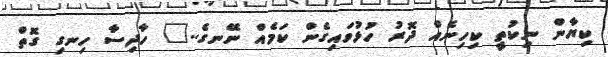
ކިޔާން ނިކުތީ ކިހިނެއް ދޮރު ހުޅުވައިގެން ކަމެއް ނޭނގެ.." ހާދިސާ ހިނގި ގޮތް